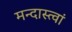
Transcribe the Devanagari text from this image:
मन्दास्त्वां